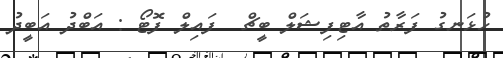
ހުޅަނގު ފަރާތު އާޓިފިޝަލް ބީޗް  ފައިލް ފޮޓޯ : އަބްދު އަބީދު